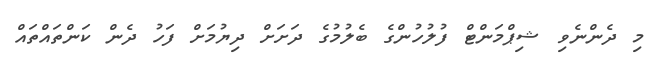
މި ދެންނެވި ޝިޕްމަންޓް ފުލުހުންގެ ބެލުމުގެ ދަށަށް ދިޔުމަށް ފަހު ދެން ކަންތައްތައް